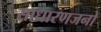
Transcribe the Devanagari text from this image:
साधारणजनों